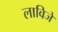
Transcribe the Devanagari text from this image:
लाविजे